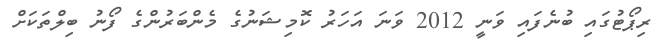
ރިޕޯޓުގައި ބުނެފައި ވަނީ 2012 ވަނަ އަހަރު ކޮމިޝަނުގެ މެންބަރުންގެ ފޯނު ބިލްތަކަށް